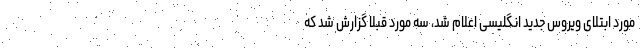
مورد ابتلای ویروس جدید انگلیسی اعلام شد، سه مورد قبلا گزارش شد که